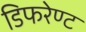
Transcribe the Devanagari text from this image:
डिफरेण्ट